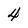
Character: 4